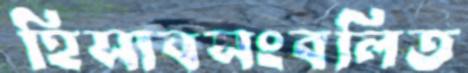
হিসাবসংবলিত